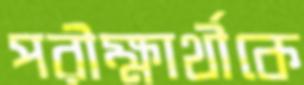
পরীক্ষার্থীকে